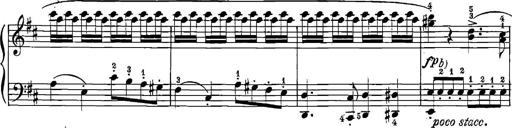
Title: 12 Sonatinas
Composer: Ignaz Pleyel